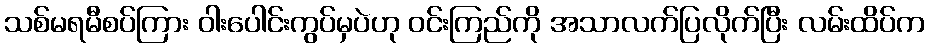
သစ်မရမီစပ်ကြား ဝါးပေါင်းကွပ်မှပဲဟု ဝင်းကြည်ကို အသာလက်ပြလိုက်ပြီး လမ်းထိပ်က